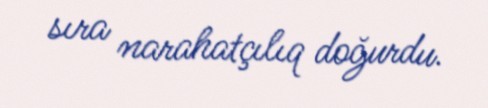
sıra narahatçılıq doğurdu.